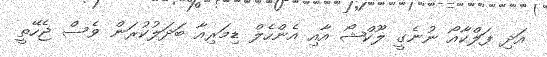
އަދި ފަލްކާއޯ ނުނެގީ ލޫކްޝޯ އާއި އެންހެލް ޑިމަރިއާ ބަދަލުކުރަން ވެސް ޖެހޭތީ